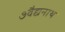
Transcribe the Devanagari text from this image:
७वैद्यनाथ